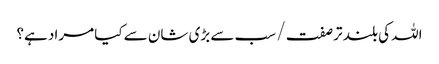
اللہ کی بلند تر صفت / سب سے بڑی شان سے کیا مراد ہے؟